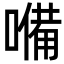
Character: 𡀠